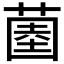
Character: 𱾒